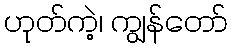
ဟုတ်ကဲ့၊ ကျွန်တော်